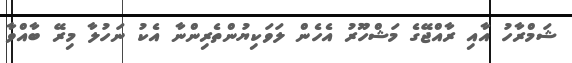
ޝަމްރާހު އާއި ރާއްޖޭގެ މަޝްހޫރު އެހެން ލަވަކިޔުންތެރިންނާ އެކު ނަހުލާ މިރޭ ބާއްވާ